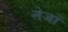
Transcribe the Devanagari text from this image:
तेजों